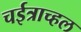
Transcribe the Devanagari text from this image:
चईत्राच्हल